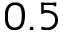
0 . 5